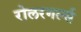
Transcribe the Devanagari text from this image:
रोलरगर्ल्स